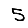
Digit: 5